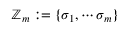
\mathbb { Z } _ { m } : = \{ \sigma _ { 1 } , \cdots \sigma _ { m } \}